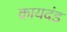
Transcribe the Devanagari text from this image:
कायदंड